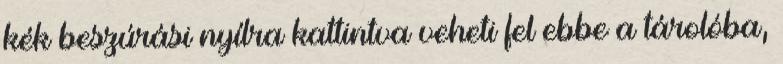
kék beszúrási nyílra kattintva veheti fel ebbe a tárolóba,